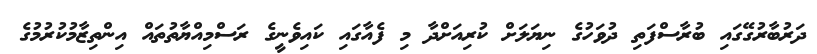
ދަރުބާރުގޭގައި ބުރާސްފަތި ދުވަހުގެ ނިޔަލަށް ކުރިއަށްދާ މި ފެއާގައި ކައިވެނީގެ ރަސްމިއްޔާތުތައް އިންތިޒާމުކުރުމުގެ